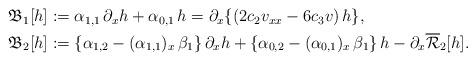
LaTeX: \begin{align*}\begin{aligned}&\mathfrak{B}_1[h]:=\alpha_{1, 1}\,\partial_x h+\alpha_{0, 1}\,h=\partial_x \{(2 c_2 v_{xx}-6 c_3 v)\,h\},\\&\mathfrak{B}_2[h]:=\{\alpha_{1, 2} -(\alpha_{1,1})_x\, \beta_1\}\,\partial_x h+\{\alpha_{0, 2} -(\alpha_{0, 1})_x\, \beta_1\}\,h-\partial_x \overline{\mathcal{R}}_2[h].\end{aligned}\end{align*}